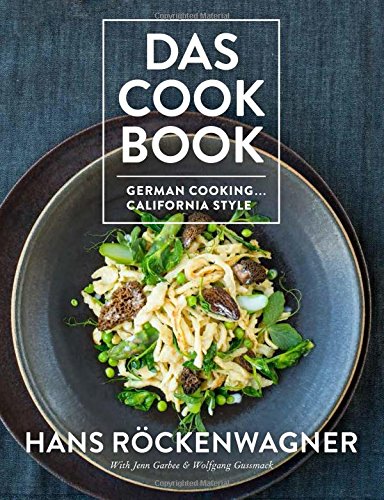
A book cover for Das Cookbook: German Cooking . . . California Style; Hans Rockenwagner; Cookbooks, Food & Wine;